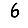
Digit: 6